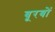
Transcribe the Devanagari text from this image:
बूरबों